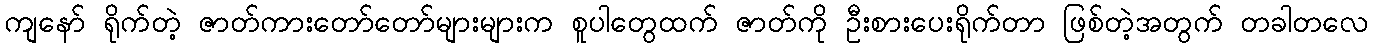
ကျနော် ရိုက်တဲ့ ဇာတ်ကားတော်တော်များများက စူပါတွေထက် ဇာတ်ကို ဦးစားပေးရိုက်တာ ဖြစ်တဲ့အတွက် တခါတလေ